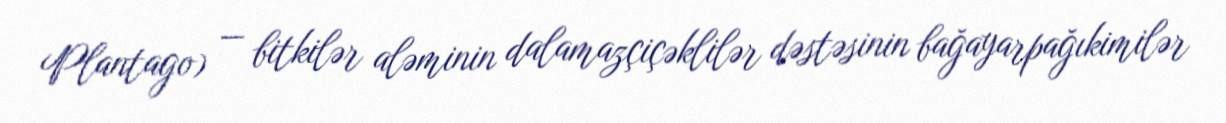
Plantago) — bitkilər aləminin dalamazçiçəklilər dəstəsinin bağayarpağıkimilər